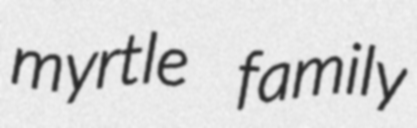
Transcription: myrtle family